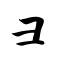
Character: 彐